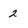
Character: 2